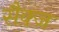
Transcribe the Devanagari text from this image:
सैक्ज